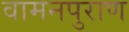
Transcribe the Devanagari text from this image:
वामनपुराण